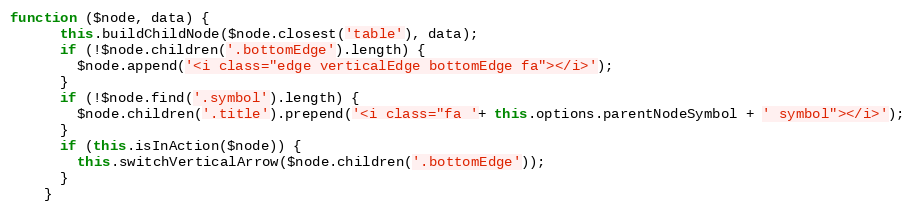
Language: JavaScript
function ($node, data) {
      this.buildChildNode($node.closest('table'), data);
      if (!$node.children('.bottomEdge').length) {
        $node.append('<i class="edge verticalEdge bottomEdge fa"></i>');
      }
      if (!$node.find('.symbol').length) {
        $node.children('.title').prepend('<i class="fa '+ this.options.parentNodeSymbol + ' symbol"></i>');
      }
      if (this.isInAction($node)) {
        this.switchVerticalArrow($node.children('.bottomEdge'));
      }
    }